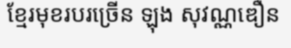
ខ្មែរមុខរបរច្រើន ឡុង សុវណ្ណឌឿន